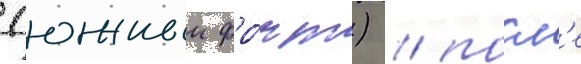
(южныи фро́нт) / посл'е